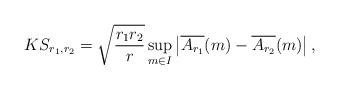
LaTeX: \begin{align*} KS_{r_1,r_2} &= \sqrt{\frac{r_1 r_2}{r}} \sup_{ m \in I} \left|\overline{ A_{r_1}} (m) - \overline{ A_{r_2}} (m) \right|,\end{align*}